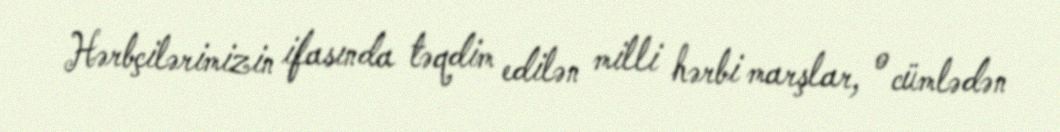
Hərbçilərimizin ifasında təqdim edilən milli hərbi marşlar, o cümlədən